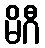
မိဂီ